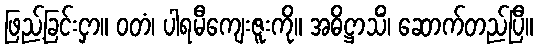
ဖြည့်ခြင်းငှာ။ ဝတံ၊ ပါရမီကျေးဇူးကို။ အဓိဋ္ဌာသိံ၊ ဆောက်တည်ပြီ။